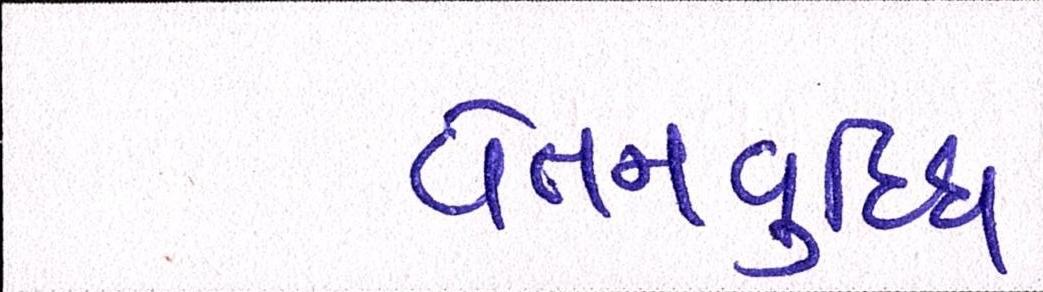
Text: વેતનવૃદ્ધિ